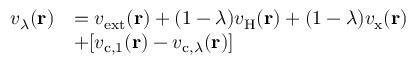
\begin{array} { r l } { v _ { \lambda } ( \mathbf { r } ) } & { = v _ { \mathrm { e x t } } ( \mathbf { r } ) + ( 1 - \lambda ) v _ { \mathrm { H } } ( \mathbf { r } ) + ( 1 - \lambda ) v _ { \mathrm { x } } ( \mathbf { r } ) } \\ & { + \lbrack v _ { \mathrm { c } , 1 } ( \mathbf { r } ) - v _ { \mathrm { c } , \lambda } ( \mathbf { r } ) \rbrack } \end{array}